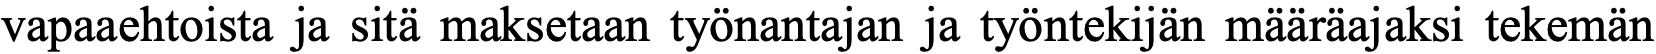
vapaaehtoista ja sitä maksetaan työnantajan ja työntekijän määräajaksi tekemän